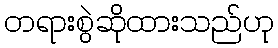
တရားစွဲဆိုထားသည်ဟု